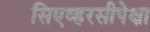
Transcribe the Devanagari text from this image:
सिएव्हरसीपेक्षा